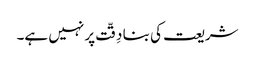
شریعت کی بنا دِقّت پر نہیں ہے۔